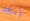
ولكن